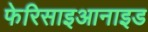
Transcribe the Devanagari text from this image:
फेरिसाइआनाइड